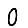
Digit: 0